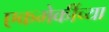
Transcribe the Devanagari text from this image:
एकमेकींच्या